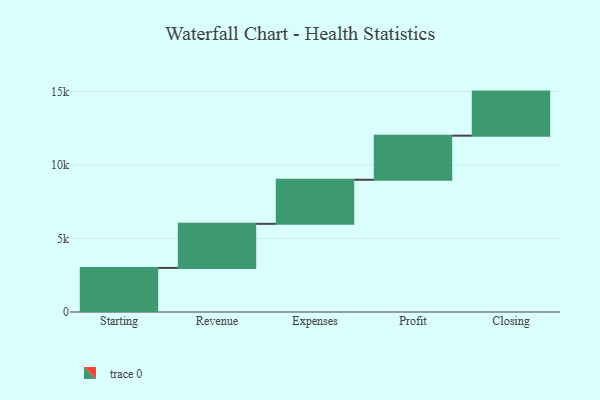
{"axis": {"x": "Step", "y": "Value"}, "legend": [""], "data": [{"x": "Starting", "y": 3000, "type": ""}, {"x": "Revenue", "y": 3000, "type": ""}, {"x": "Expenses", "y": 3000, "type": ""}, {"x": "Profit", "y": 3000, "type": ""}, {"x": "Closing", "y": 3000, "type": ""}]}